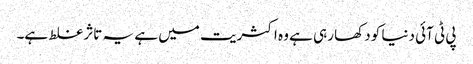
پی ٹی آئی دنیا کو دکھا رہی ہے وہ اکثریت میں ہے یہ تاثر غلط ہے۔